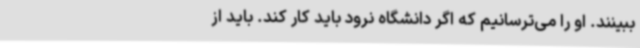
ببینند. او را می‌ترسانیم که اگر دانشگاه نرود باید کار کند. باید از